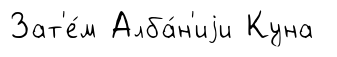
Зат'е́м Алба́н'иjи Куна